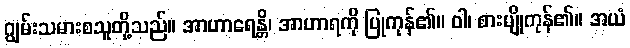
ဂျွမ်းသမားစသူတို့သည်။ အာဟာရေန္တိ၊ အာဟာရကို ပြုကုန်၏။ ဝါ၊ စားမျိုကုန်၏။ အယံ